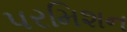
પરમિશન